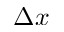
\Delta x